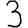
Digit: 3